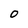
Character: O